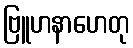
ဗြူဟနာဟေတု